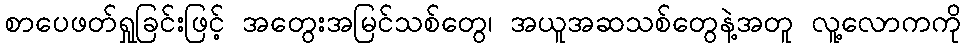
စာပေဖတ်ရှုခြင်းဖြင့် အတွေးအမြင်သစ်တွေ၊ အယူအဆသစ်တွေနဲ့အတူ လူ့လောကကို